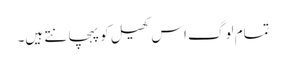
تمام لوگ اس کھیل کو پہچانتے ہیں۔